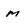
Character: m